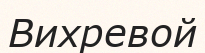
Вихревой